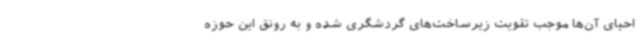
احیای آن‌ها موجب تقویت زیرساخت‌های گردشگری شده و به رونق این حوزه